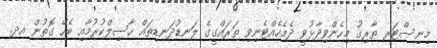
މިނިސްޓަރ ޠާރިޤު މިހެންވިދާޅުވީ ދެމެހެއްޓެނިވި ތަރައްގީގެ ލަނޑުދަނޑިތައް ހާސިލްކުރުމާއި ބެހޭ ގޮތުން އދ.